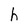
Character: h